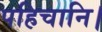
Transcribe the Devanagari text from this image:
पहिचानि।